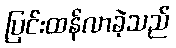
ပြင်းထန်လာခဲ့သည်